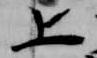
上